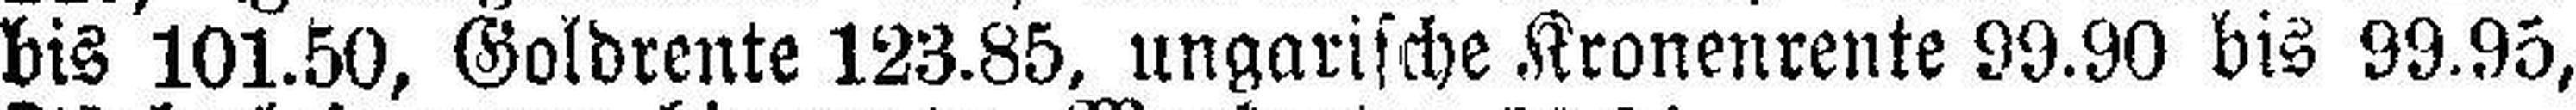
bis 101.50, Goldrente 123.85, ungarische Kronenrente 99.90 bis 99.95,